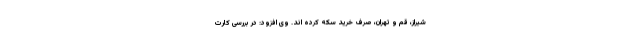
شیراز، قم و تهران، صرف خرید سکه کرده اند. وی افزود: در بررسی کارت